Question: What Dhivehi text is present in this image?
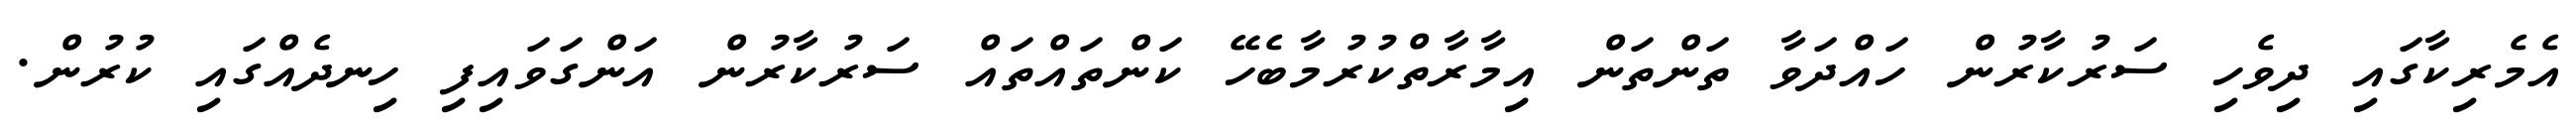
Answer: އެމެރިކާގައި ދިވެހި ސަރުކާރުން ހައްދަވާ ތަންތަން އިމާރާތްކުރުމާބެހޭ ކަންތައްތައް ސަރުކާރުން އަންގަވައިފި ހިނދެއްގައި ކުރުން.